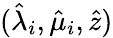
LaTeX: (\hat{\lambda}_{i},\hat{\mu}_{i},\hat{z})